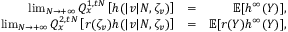
\begin{array} { r l r } { \operatorname* { l i m } _ { N \rightarrow + \infty } Q _ { x } ^ { 1 , t N } \left[ h ( | v | N , \zeta _ { v } ) \right] } & { = } & { \mathbb E [ h ^ { \infty } ( Y ) ] , } \\ { \operatorname* { l i m } _ { N \rightarrow + \infty } Q _ { x } ^ { 2 , t N } \left[ r ( \zeta _ { v } ) h ( | v | N , \zeta _ { v } ) \right] } & { = } & { \mathbb { E } [ r ( Y ) h ^ { \infty } ( Y ) ] , } \end{array}